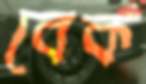
বেক